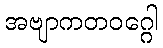
အဗျာကတဝဂ္ဂေါ